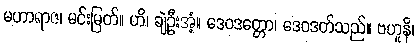
မဟာရာဇ၊ မင်းမြတ်။ ဟိ၊ ချဲ့ဦးအံ့။ ဒေဝဒတ္တော၊ ဒေဝဒတ်သည်။ ဗဟူနိ၊